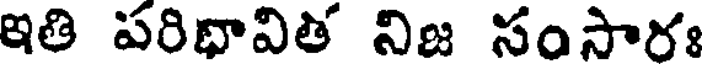
ఇతి పరిభావిత నిజ సంసారః